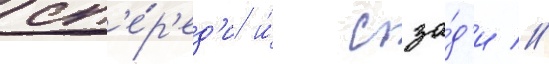
сп'е́р'ед'и и́ сза́д'и //